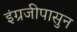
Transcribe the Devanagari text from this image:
इंग्रजीपासुन